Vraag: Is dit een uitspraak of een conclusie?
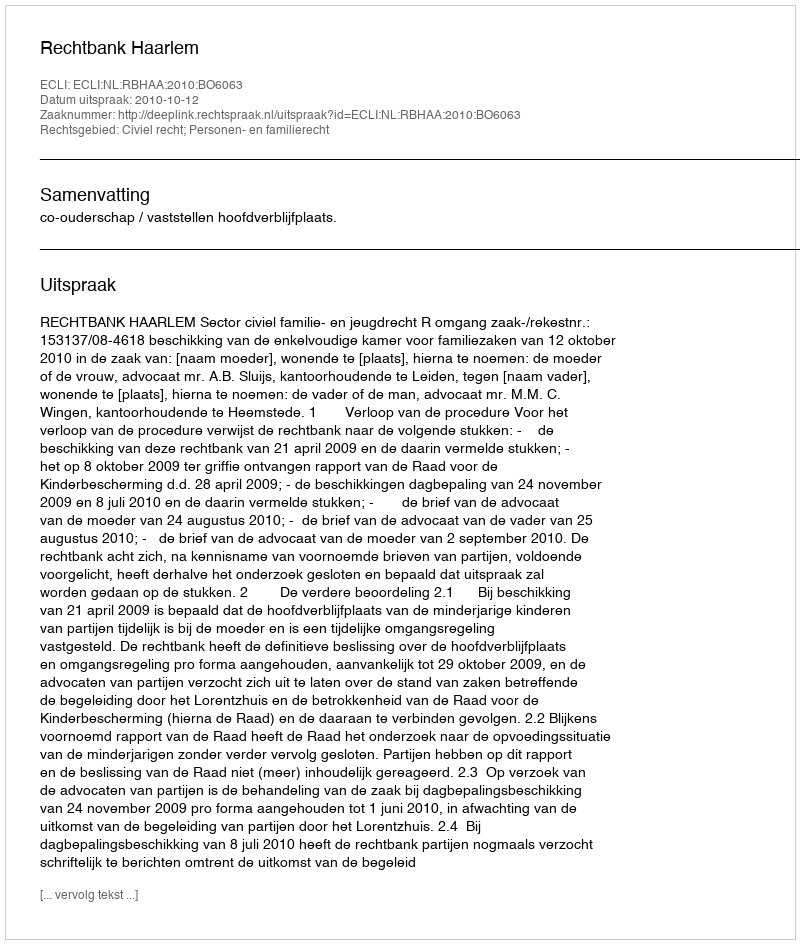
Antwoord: Uitspraak